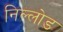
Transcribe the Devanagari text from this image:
निल्लोड